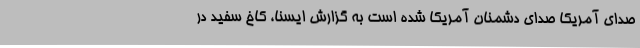
صدای آمریکا صدای دشمنان آمریکا شده است به گزارش ایسنا، کاخ سفید در